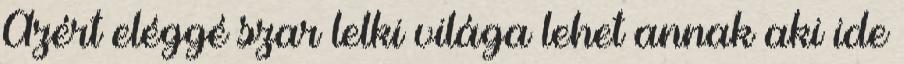
Azért eléggé szar lelki világa lehet annak aki ide